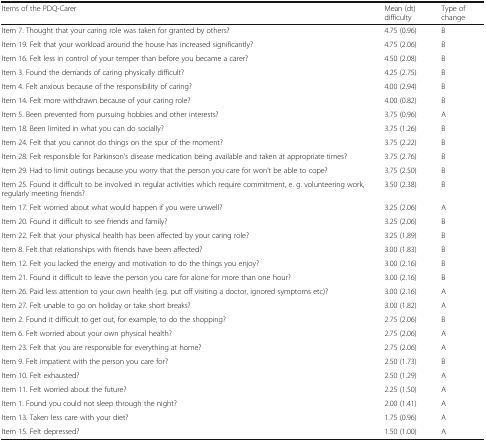
<table><thead><tr><td><b>Items of the PDQ-Carer</b></td><td><b>Mean (dt) difficulty</b></td><td><b>Type of change</b></td></tr></thead><tbody><tr><td>Item 7. Thought that your caring role was taken for granted by others?</td><td>4.75 (0.96)</td><td>B</td></tr><tr><td>Item 19. Felt that your workload around the house has increased significantly?</td><td>4.75 (2.06)</td><td>B</td></tr><tr><td>Item 16. Felt less in control of your temper than before you became a carer?</td><td>4.50 (2.08)</td><td>B</td></tr><tr><td>Item 3. Found the demands of caring physically difficult?</td><td>4.25 (2.75)</td><td>B</td></tr><tr><td>Item 4. Felt anxious because of the responsibility of caring?</td><td>4.00 (2.94)</td><td>B</td></tr><tr><td>Item 14. Felt more withdrawn because of your caring role?</td><td>4.00 (0.82)</td><td>B</td></tr><tr><td>Item 5. Been prevented from pursuing hobbies and other interests?</td><td>3.75 (0.96)</td><td>A</td></tr><tr><td>Item 18. Been limited in what you can do socially?</td><td>3.75 (1.26)</td><td>B</td></tr><tr><td>Item 24. Felt that you cannot do things on the spur of the moment?</td><td>3.75 (2.22)</td><td>B</td></tr><tr><td>Item 28. Felt responsible for Parkinson’s disease medication being available and taken at appropriate times?</td><td>3.75 (2.76)</td><td>B</td></tr><tr><td>Item 29. Had to limit outings because you worry that the person you care for won’t be able to cope?</td><td>3.75 (2.50)</td><td>B</td></tr><tr><td>Item 25. Found it difficult to be involved in regular activities which require commitment, e. g. volunteering work, regularly meeting friends?</td><td>3.50 (2.38)</td><td>B</td></tr><tr><td>Item 17. Felt worried about what would happen if you were unwell?</td><td>3.25 (2.06)</td><td>A</td></tr><tr><td>Item 20. Found it difficult to see friends and family?</td><td>3.25 (2.06)</td><td>B</td></tr><tr><td>Item 22. Felt that your physical health has been affected by your caring role?</td><td>3.25 (1.89)</td><td>B</td></tr><tr><td>Item 8. Felt that relationships with friends have been affected?</td><td>3.00 (1.83)</td><td>B</td></tr><tr><td>Item 12. Felt you lacked the energy and motivation to do the things you enjoy?</td><td>3.00 (2.16)</td><td>B</td></tr><tr><td>Item 21. Found it difficult to leave the person you care for alone for more than one hour?</td><td>3.00 (2.16)</td><td>B</td></tr><tr><td>Item 26. Paid less attention to your own health (e.g. put off visiting a doctor, ignored symptoms etc)?</td><td>3.00 (2.16)</td><td>A</td></tr><tr><td>Item 27. Felt unable to go on holiday or take short breaks?</td><td>3.00 (1.82)</td><td>A</td></tr><tr><td>Item 2. Found it difficult to get out, for example, to do the shopping?</td><td>2.75 (2.06)</td><td>B</td></tr><tr><td>Item 6. Felt worried about your own physical health?</td><td>2.75 (2.06)</td><td>A</td></tr><tr><td>Item 23. Felt that you are responsible for everything at home?</td><td>2.75 (2.06)</td><td>A</td></tr><tr><td>Item 9. Felt impatient with the person you care for?</td><td>2.50 (1.73)</td><td>B</td></tr><tr><td>Item 10. Felt exhausted?</td><td>2.50 (1.29)</td><td>A</td></tr><tr><td>Item 11. Felt worried about the future?</td><td>2.25 (1.50)</td><td>A</td></tr><tr><td>Item 1. Found you could not sleep through the night?</td><td>2.00 (1.41)</td><td>A</td></tr><tr><td>Item 13. Taken less care with your diet?</td><td>1.75 (0.96)</td><td>A</td></tr><tr><td>Item 15. Felt depressed?</td><td>1.50 (1.00)</td><td>A</td></tr></tbody></table>